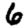
Digit: 6